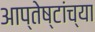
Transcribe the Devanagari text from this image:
आप्‍तेष्टांच्या